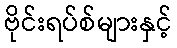
ဗိုင်းရပ်စ်များနှင့်